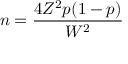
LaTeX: n = { \frac { 4 Z ^ { 2 } p ( 1 - p ) } { W ^ { 2 } } }